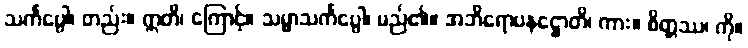
သင်္ကပ္ပေါ၊ တည်း။ ဣတိ၊ ကြောင့်။ သမ္မာသင်္ကပ္ပေါ၊ မည်၏။ အဘိရောပနဋ္ဌောတိ၊ ကား။ စိတ္တဿ၊ ကို။